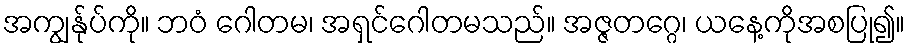
အကျွန်ုပ်ကို။ ဘဝံ ဂေါတမ၊ အရှင်ဂေါတမသည်။ အဇ္ဇတဂ္ဂေ၊ ယနေ့ကိုအစပြု၍။